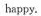
happy.